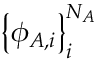
\big \{ \phi _ { A , i } \big \} _ { i } ^ { N _ { A } }